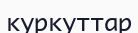
куркуттар